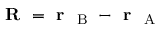
\textbf { R } = \textbf { r } _ { \mathrm { ~ B ~ } } - \textbf { r } _ { \mathrm { ~ A ~ } }